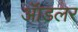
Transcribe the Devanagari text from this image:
ॲाडलर